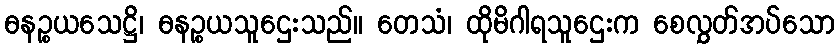
ဓနဉ္စယသေဋ္ဌိ၊ ဓနဉ္စယသူဌေးသည်။ တေသံ၊ ထိုမိဂါရသူဌေးက စေလွှတ်အပ်သော